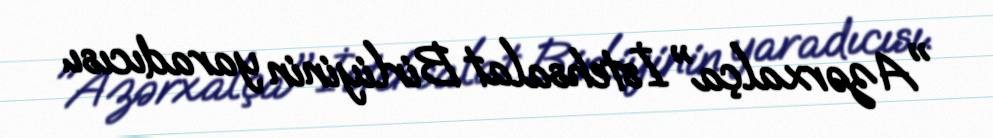
"Azərxalça" İstehsalat Birliyinin yaradıcısı.